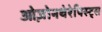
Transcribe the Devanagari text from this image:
ओज़ोनथेरेपिस्ट्स